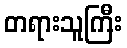
တရားသူကြီး